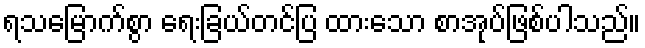
ရသမြောက်စွာ ရေးခြယ်တင်ပြ ထားသော စာအုပ်ဖြစ်ပါသည်။